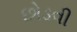
છોડવી